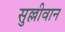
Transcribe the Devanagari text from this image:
सुल्लीवान